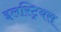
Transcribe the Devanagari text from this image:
इलस्ट्रियस